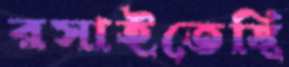
রসাইতেছি